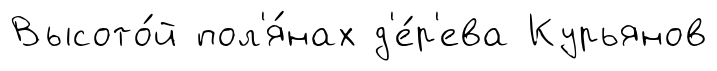
Высото́й пол'я́нах д'е́р'ева Курьянов